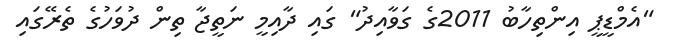
"އެމްޑީޕީ އިންތިހާބު 2011ގެ ގަވާއިދު" ގައި ދާއިމީ ނަތީޖާ ތިން ދުވަހުގެ ތެރޭގައި